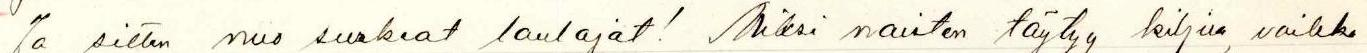
Ja sitten nuo surkeat laulajat! Miksi naisten täytyy kiljua, vaikka